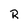
Character: R